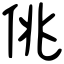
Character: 佻